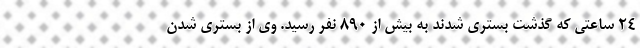
۲۴ ساعتی که گذشت بستری شدند به بیش از ۸۹۰ نفر رسید. وی از بستری شدن